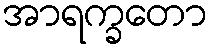
အာရက္ခတော